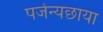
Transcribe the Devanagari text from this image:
पर्जन्यछाया